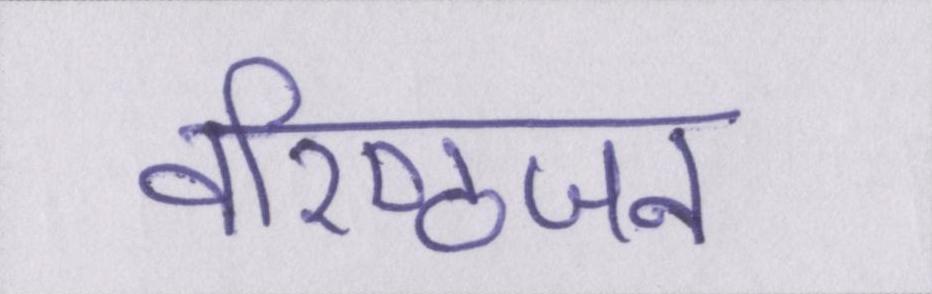
वरिष्ठजन